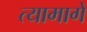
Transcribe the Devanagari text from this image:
त्यामागें